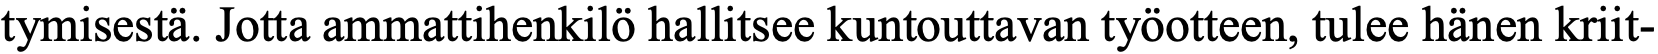
tymisestä. Jotta ammattihenkilö hallitsee kuntouttavan työotteen, tulee hänen kriit-